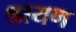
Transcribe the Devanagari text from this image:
श्रायण